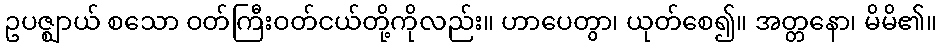
ဥပဇ္ဈာယ် စသော ဝတ်ကြီးဝတ်ငယ်တို့ကိုလည်း။ ဟာပေတွာ၊ ယုတ်စေ၍။ အတ္တနော၊ မိမိ၏။